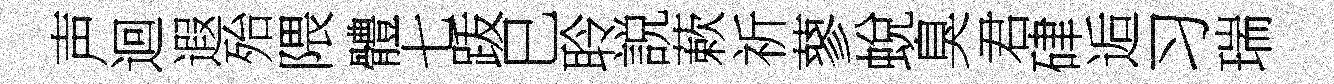
声迴遐殆隈體七䟦巳聆説蔌祈蓼蛻臭君硉逅习瑞